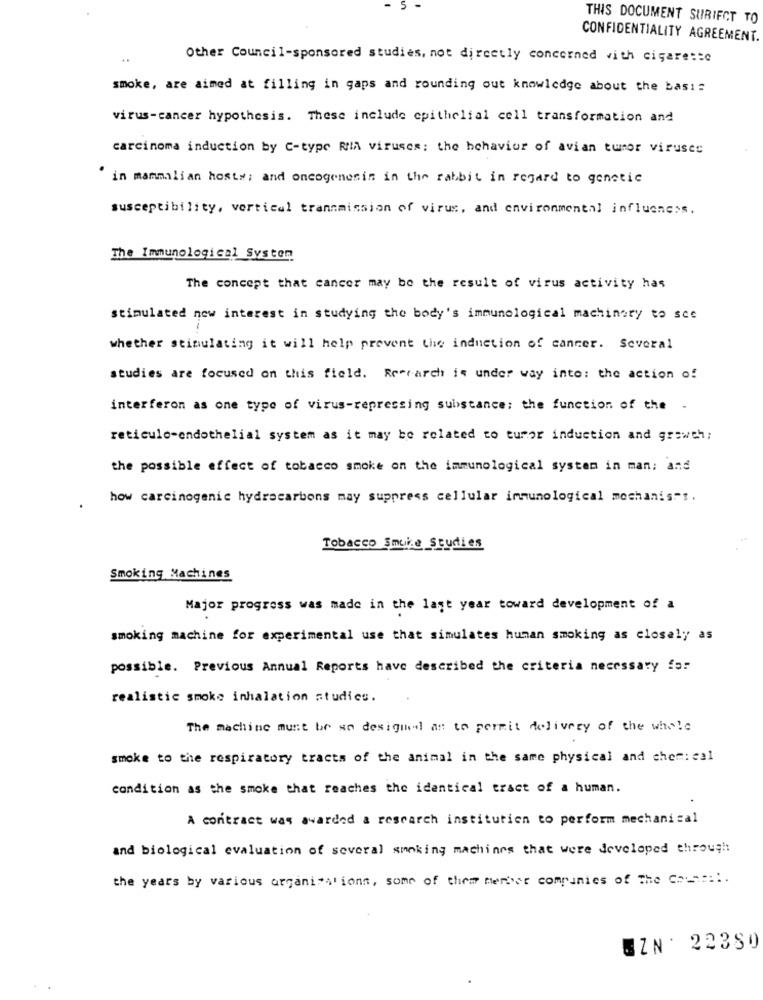
THIS DOCUMENT SURIFCT TO
CONFIDENTIALITY AGREEMENT.
Other Council-sponsored studies, not directly concerned with cigarette
smoke, are aimed at filling in gaps and rounding out knowledge about the basis
virus-cancer hypothesis. These include epithelial cell transformation and
carcinoma induction by C-type RIA viruses: the behavior of avian tumor viruses
in mammalian hosty; and oncogenesin in the rabbit in regard to genetic
susceptibility, vertical transmission of virus, and environmentnl influences.
The Immunological System
The concept that cancer may be the result of virus activity has
stimulated now interest in studying the body's immunological machinery to see
1
whether stimulating it will help prevent the induction of cancer. Several
studies are focused on this field. Rescarch is under way into: the action of
interferon as one type of virus-repressing substance; the function of the -
reticulo-endothelial system as it may be related to tumor induction and growth;
the possible effect of tobacco smoke on the immunological system in man: and
how carcinogenic hydrocarbons may suppress cellular immunological moshanis"t.
Tobacco Smoke Studies
Smoking Machines
Major progress was made in the last year toward development of a
smoking machine for experimental use that simulates human smoking as closely as
possible. Previous Annual Reports have described the criteria necessary for
realistic smoke inhalation studies.
The machine must be so designed as to permit delivery of the whole
smoke to the respiratory tracts of the animal in the same physical and chemical
condition as the smoke that reaches the identical tract of a human.
A contract was awarded & research institution to perform mechanical
and biological evaluation of several smoking machines that were developed through
the years by various organisations, some of them member companies of The Caa :::.
EZN . 22380